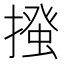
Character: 𢳰